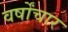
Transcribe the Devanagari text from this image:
वर्षोंचार